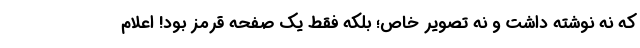
که نه نوشته داشت و نه تصویر خاص؛ بلکه فقط یک صفحه قرمز بود! اعلام